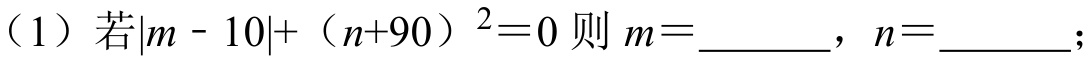
（1）若\(\vert m - 10\vert+ (n + 90)^{2}=0\)则\(m =\)________，\(n =\)________；